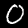
Label: 0